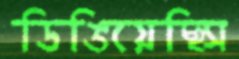
ডিঙিয়েছিস